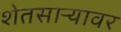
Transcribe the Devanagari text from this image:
शेतसाऱ्यावर